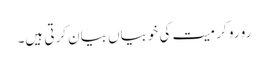
رو رو کر میت کی خوبیاں بیان کرتی ہیں۔